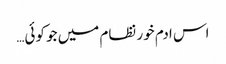
اس ادم خور نظام میں جو کوئی…